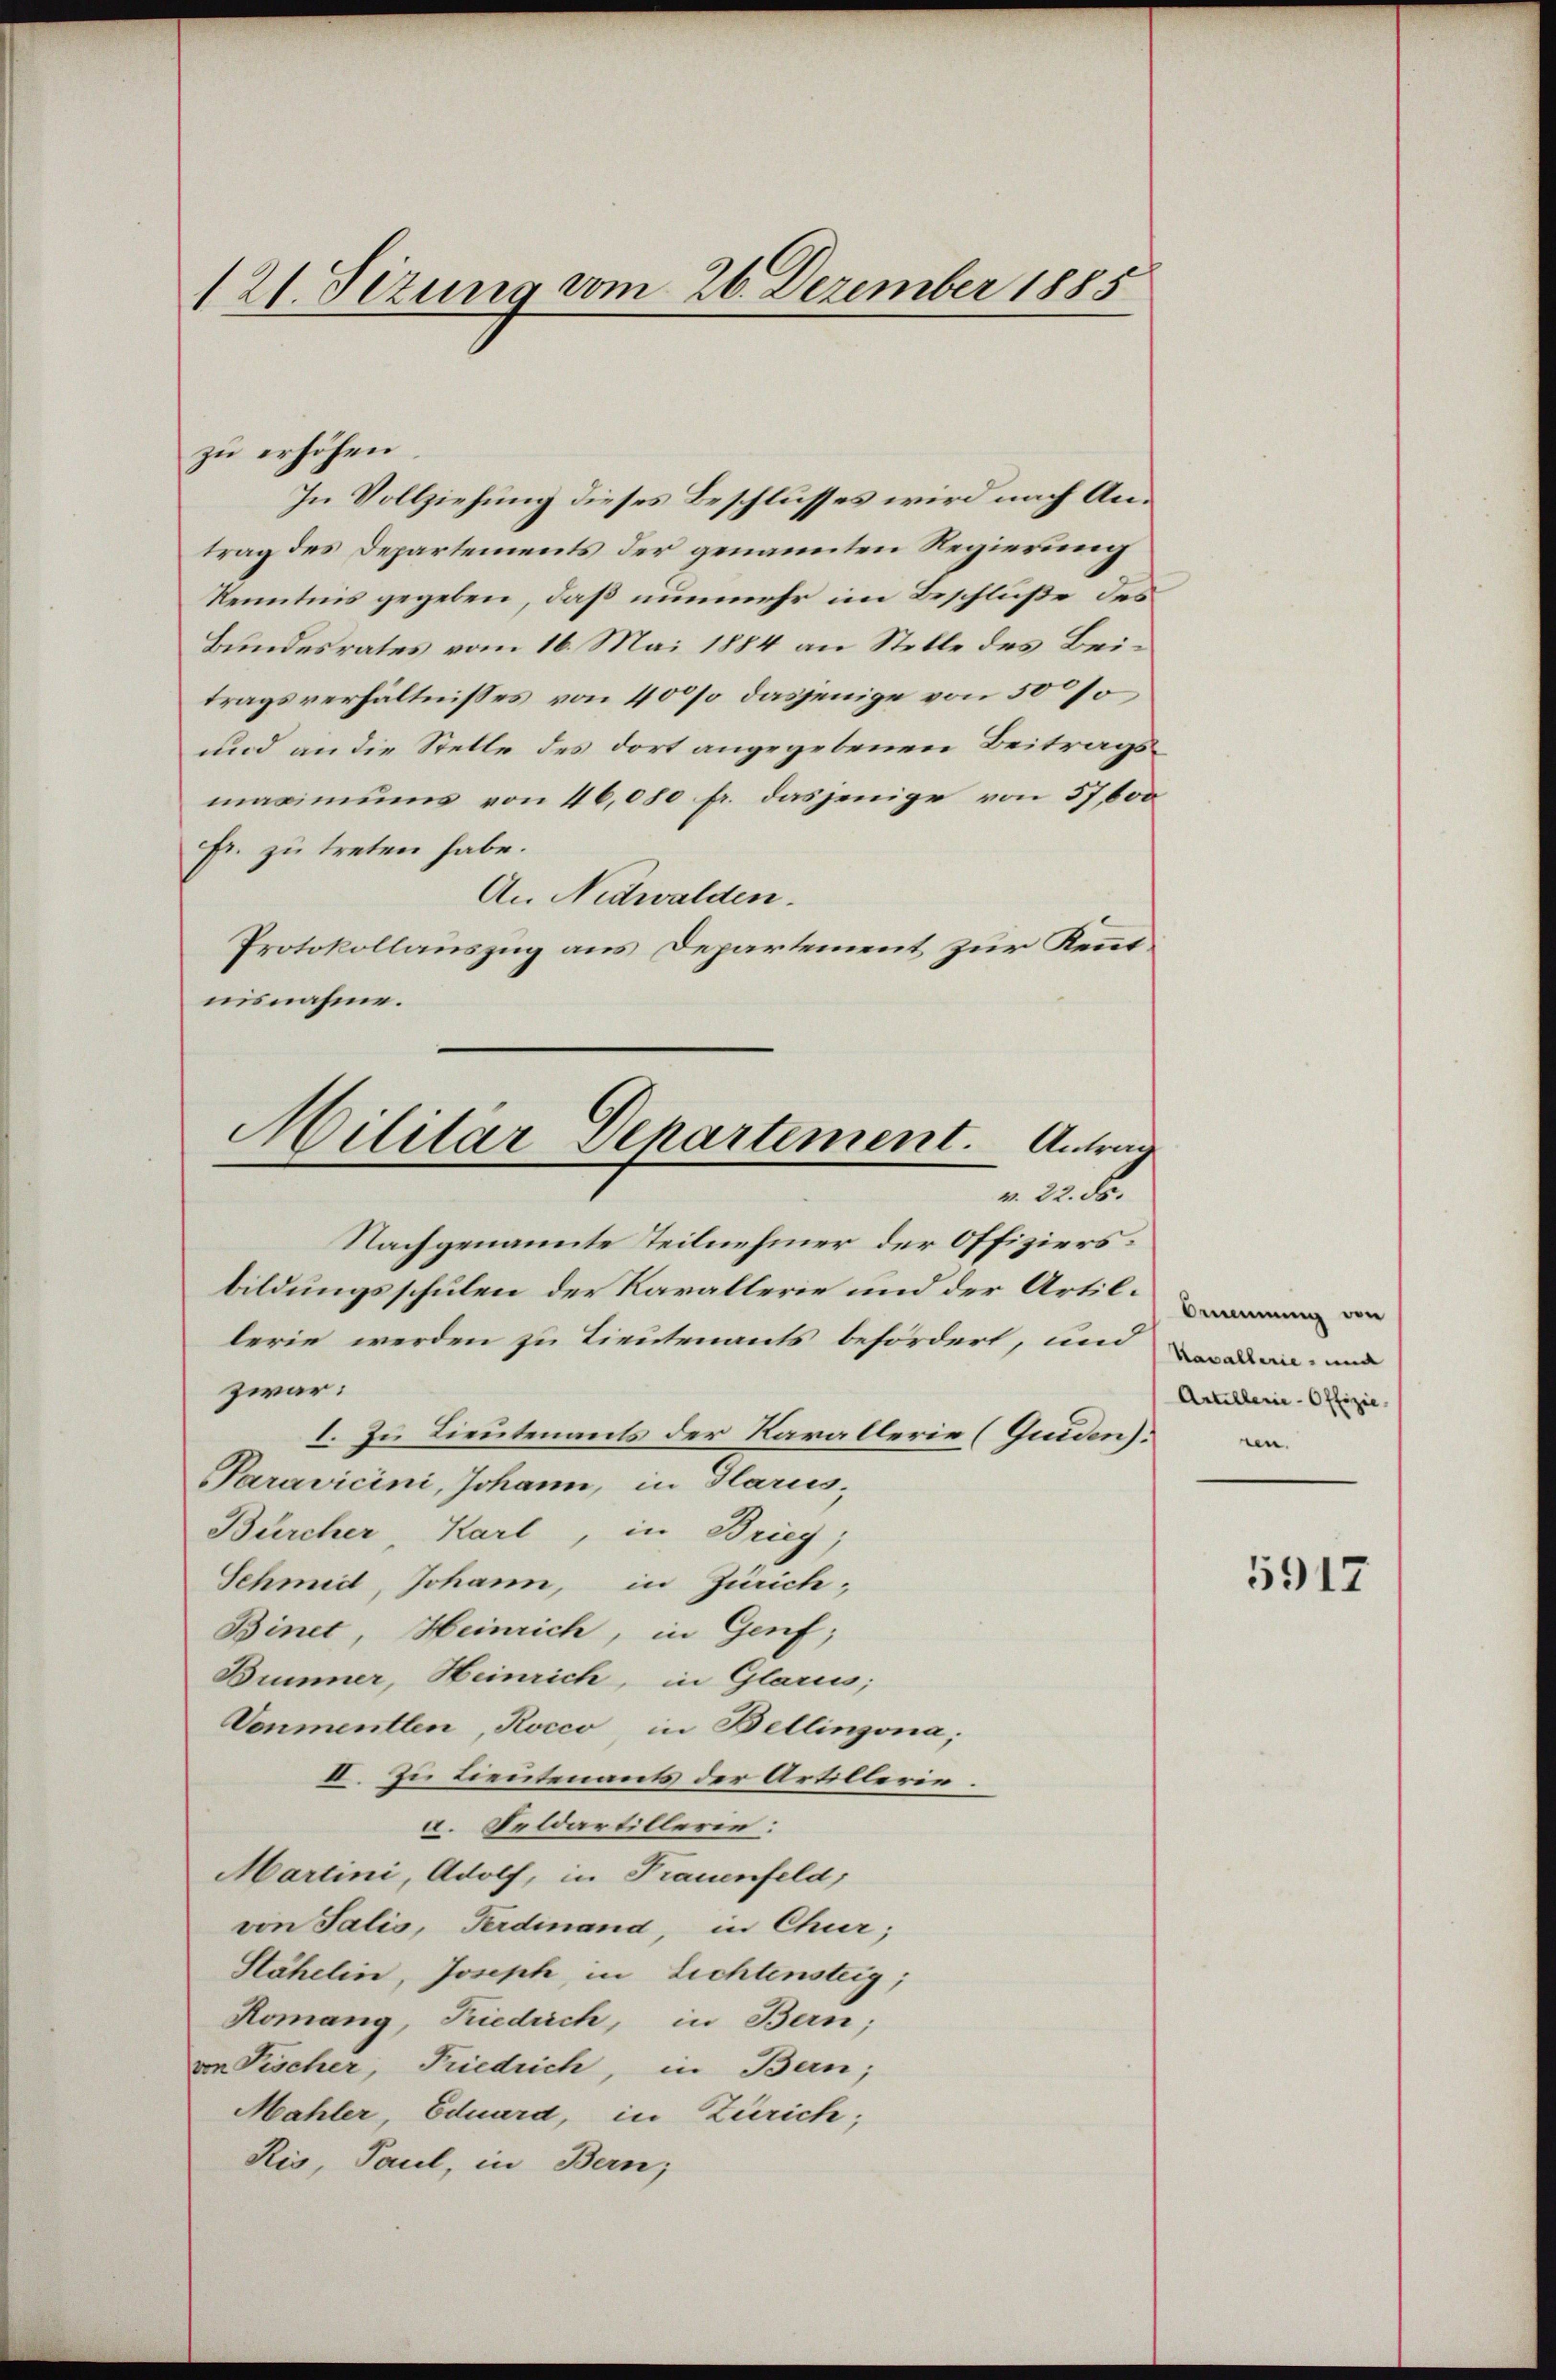
121. Sizung vom 26. Dezember 1885

zu erhöhen.
In Vollziehung dieses Beschlusses wird nach Antrag des Departements der genannten Regierung
Kenntnis gegeben, daß nunmehr im Beschluße des
Bundesrates vom 16. Mai 1884 an Stelle des Beitragsverhältnisses von 40% dasjenige von 50 so
und an die Stelle des dort angegebenen Beitragsmaximums von 46,080 fr. dasjenige von 57000
Fr. zu treten habe.
An Nidwalden.
Protokollauszug aus Departement zur Kenntnisnahme.
Nachgenannte Teilnehmer der Offiziersbildungsschulen der Karallerie und der Artillerie werden zu Tieutenants befördert, und
zwar:
I. Zu Lieutenants der Karallerie (Guiden).
Paravicini, Johann, in Glarus-
Bürcher, Karl, in Brieg,
Schmid, Johann, in Zürich,
Binet, Heinrich, in Genf;
Bummer, Heinrich, in Glarus;
Vonmentlen, Rocco, in Bellinzona;
II. Zu Lieutenants der Artillerie.
a. Feldartillerie:
Martini, Adolf, in Frauenfeld,
von Salis, Ferdinand, in Chur;
Stähelin, Joseph, in Lichtensteig;
Komang, Kiedrich, in Bern;
von Fischer, Friedrich, in Bern;
Mahler, Eduard, in Zürich;
Ris, Paul, in Bern;

Militar Departement. Antrage
v. 22. d.

Ommmung von
Kavallerie und
Artillerie-Offizie
en.

5917